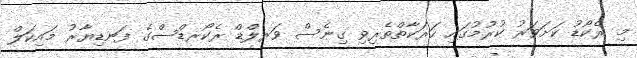
މި ރެކޯޑު ކަށަވަރު ކުރުމުގައި ހަރަކާތްތެރިވި ގިނެސް ވަރލްޑް ރެކޯރޑްސްގެ ފަނޑިޔާރު މައިކަލް